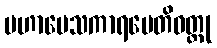
မဟာပေသကာရပေတိဝတ္ထု